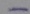
Text: -